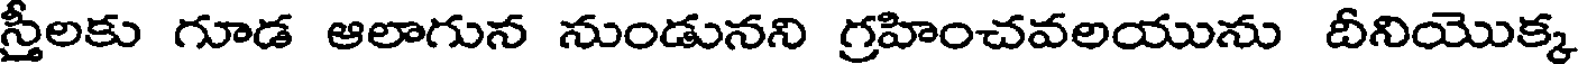
స్తీలకు గూడ ఆలాగున నుండునని గ్రహించవలయును దీనియొక్క